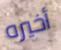
أخيره